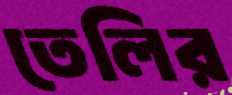
তেলির